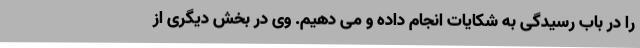
را در باب رسیدگی به شکایات انجام داده و می دهیم. وی در بخش دیگری از